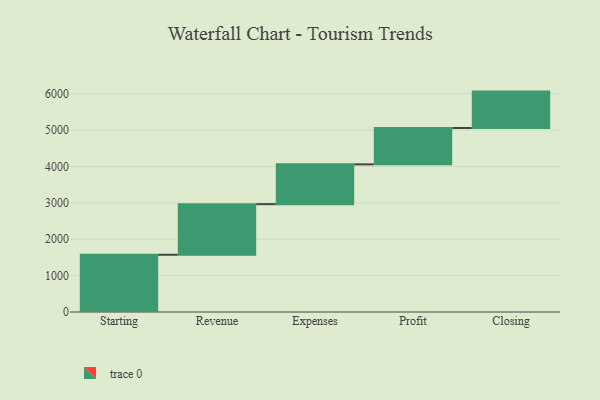
{"axis": {"x": "Step", "y": "Value"}, "legend": [""], "data": [{"x": "Starting", "y": 1573.0, "type": ""}, {"x": "Revenue", "y": 1391.0, "type": ""}, {"x": "Expenses", "y": 1094.0, "type": ""}, {"x": "Profit", "y": 1000, "type": ""}, {"x": "Closing", "y": 1000, "type": ""}]}